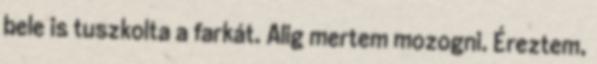
bele is tuszkolta a farkát. Alig mertem mozogni. Éreztem,